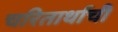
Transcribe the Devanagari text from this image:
चरितार्थाची